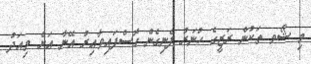
މި ޝޯވ ތަކުން ރަޒީގެ ހުނަރު ފެނިގެން ގޮސްފައިވާއިރު އޭނާ އަށް މިއަދު